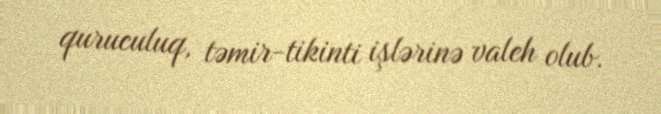
quruculuq, təmir-tikinti işlərinə valeh olub.